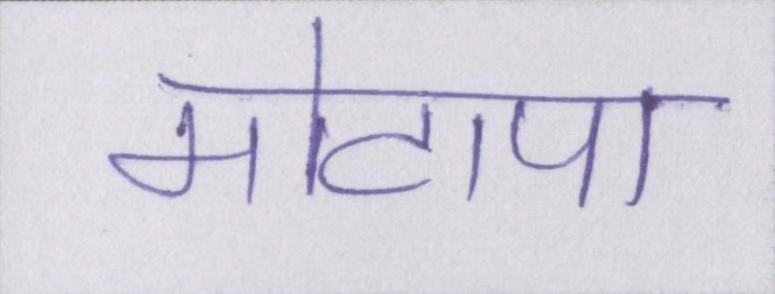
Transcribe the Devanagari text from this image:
मोटापा